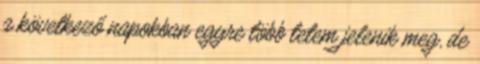
a következő napokban egyre több tetem jelenik meg, de